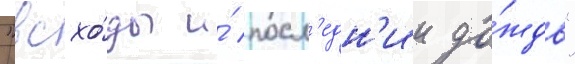
"всхо́ды и́ посл'едн'ии до́ждь"